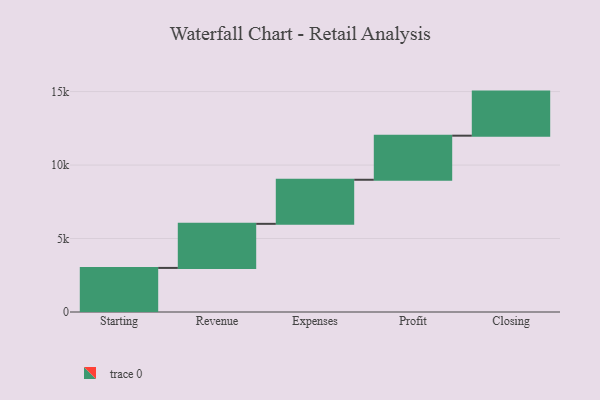
{"axis": {"x": "Step", "y": "Value"}, "legend": [""], "data": [{"x": "Starting", "y": 3000, "type": ""}, {"x": "Revenue", "y": 3000, "type": ""}, {"x": "Expenses", "y": 3000, "type": ""}, {"x": "Profit", "y": 3000, "type": ""}, {"x": "Closing", "y": 3000, "type": ""}]}